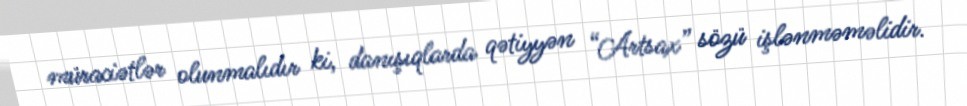
müraciətlər olunmalıdır ki, danışıqlarda qətiyyən “Artsax” sözü işlənməməlidir.